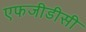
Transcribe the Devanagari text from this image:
एफजीडीसी